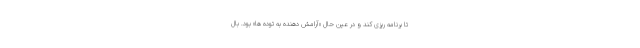
تا برنامه ریزی کند و در عین حال «آرامش دهنده به توده ها» بود. بال